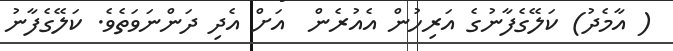
( އާމެދު) ކަލޭގެފާނުގެ އަރިހުން އެއުރެން  އަށް އެދި ދަންނަވަތެވެ. ކަލޭގެފާނު